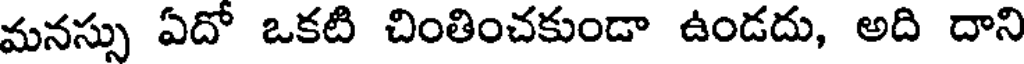
మనస్సు ఏదో ఒకటి చింతించకుండా ఉండదు, అది దాని